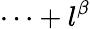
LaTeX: \cdots+l^{\beta}